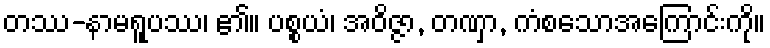
တဿ-နာမရူပဿ၊ ၏။ ပစ္စယံ၊ အဝိဇ္ဇာ, တဏှာ, ကံစသောအကြောင်းကို။